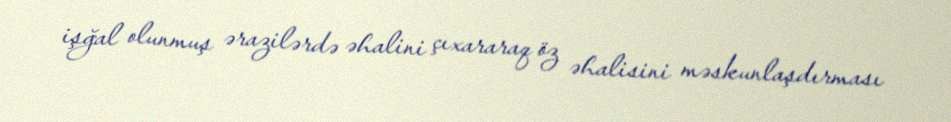
işğal olunmuş ərazilərdə əhalini çıxararaq öz əhalisini məskunlaşdırması